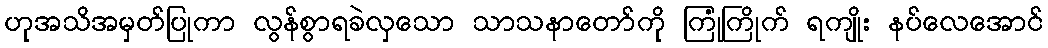
ဟုအသိအမှတ်ပြုကာ လွန်စွာရခဲလှသော သာသနာတော်ကို ကြုံကြိုက် ရကျိုး နပ်လေအောင်